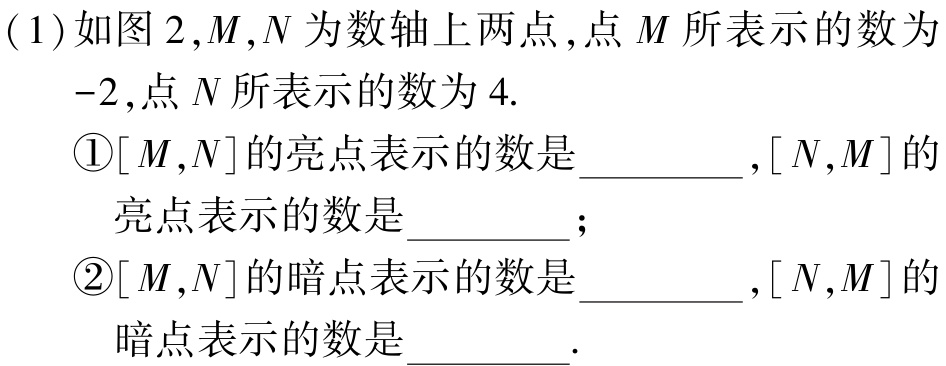
(1)如图2,$M$,$N$为数轴上两点,点$M$所表示的数为

$-2$,点$N$所表示的数为$4$.

\textcircled{1}$[M,N]$的亮点表示的数是_________,$[N,M]$的

亮点表示的数是_________;

\textcircled{2}$[M,N]$的暗点表示的数是_________,$[N,M]$的

暗点表示的数是_________.